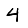
Digit: 4